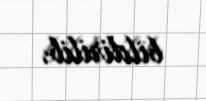
bildirilib.